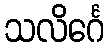
သလိင်္ဂေ